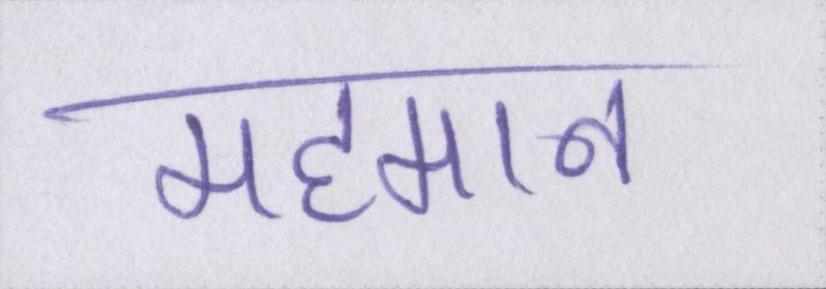
महमान